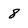
Character: 8